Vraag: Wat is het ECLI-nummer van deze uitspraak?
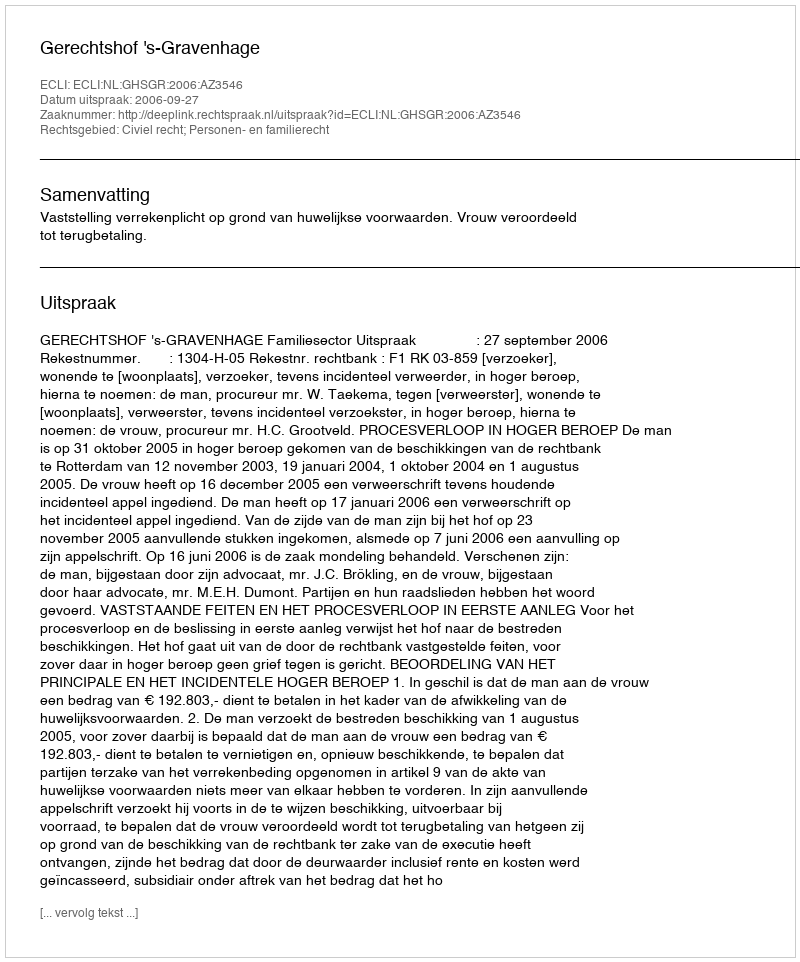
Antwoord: ECLI:NL:GHSGR:2006:AZ3546